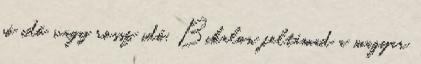
jó idő vagy rossz idő, Bikalon feltámad a magyar